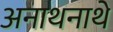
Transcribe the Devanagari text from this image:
अनाथनाथे